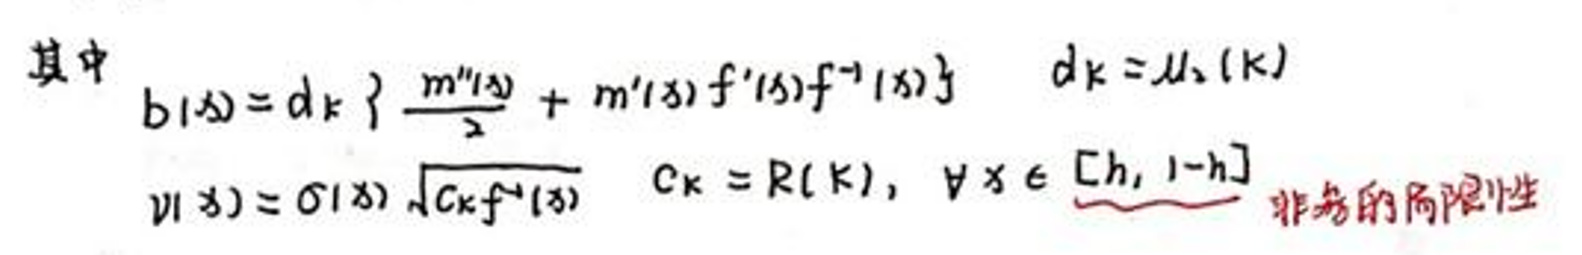
其中\(b(\lambda)=d_{k}\left\{\frac{m^{\prime \prime}(\lambda)+m^{\prime}(\lambda) f^{\prime}(\lambda)+f^{\prime \prime}(\lambda)}{2}\right\}\quad d_{k}=\mu_{s}(k)\)

\(v(\lambda)=\sigma(\lambda) \sqrt{c_{k} f^{-1}(\lambda)}\quad c_{k}=R(k), \forall \lambda \in [h, 1-h]\) 非常的局限性